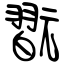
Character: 翫